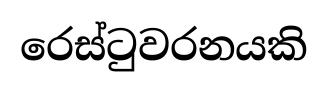
රෙස්ටුවරනයකි